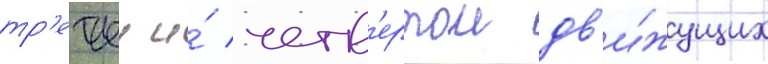
тр'етьеи и́ четв'ертои дв'и́жущих